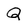
Character: Q